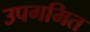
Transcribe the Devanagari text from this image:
उपगमित